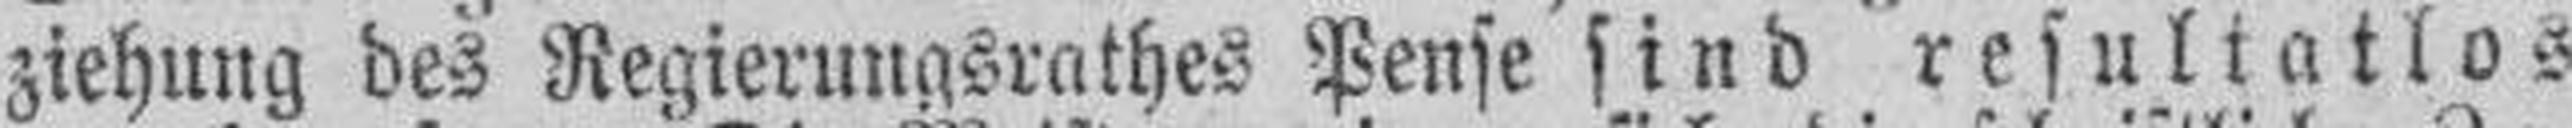
ziehung des Regierungsrathes Pense sind resultatlos